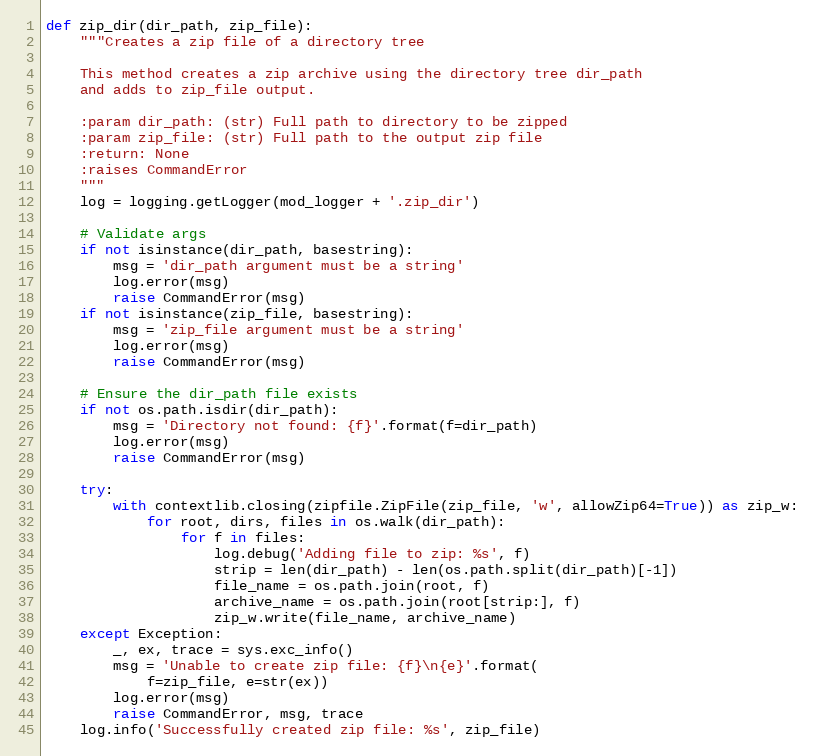
Language: Python
def zip_dir(dir_path, zip_file):
    """Creates a zip file of a directory tree

    This method creates a zip archive using the directory tree dir_path
    and adds to zip_file output.

    :param dir_path: (str) Full path to directory to be zipped
    :param zip_file: (str) Full path to the output zip file
    :return: None
    :raises CommandError
    """
    log = logging.getLogger(mod_logger + '.zip_dir')

    # Validate args
    if not isinstance(dir_path, basestring):
        msg = 'dir_path argument must be a string'
        log.error(msg)
        raise CommandError(msg)
    if not isinstance(zip_file, basestring):
        msg = 'zip_file argument must be a string'
        log.error(msg)
        raise CommandError(msg)

    # Ensure the dir_path file exists
    if not os.path.isdir(dir_path):
        msg = 'Directory not found: {f}'.format(f=dir_path)
        log.error(msg)
        raise CommandError(msg)

    try:
        with contextlib.closing(zipfile.ZipFile(zip_file, 'w', allowZip64=True)) as zip_w:
            for root, dirs, files in os.walk(dir_path):
                for f in files:
                    log.debug('Adding file to zip: %s', f)
                    strip = len(dir_path) - len(os.path.split(dir_path)[-1])
                    file_name = os.path.join(root, f)
                    archive_name = os.path.join(root[strip:], f)
                    zip_w.write(file_name, archive_name)
    except Exception:
        _, ex, trace = sys.exc_info()
        msg = 'Unable to create zip file: {f}\n{e}'.format(
            f=zip_file, e=str(ex))
        log.error(msg)
        raise CommandError, msg, trace
    log.info('Successfully created zip file: %s', zip_file)